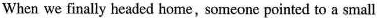
When we finally headed home, someone pointed to a small